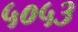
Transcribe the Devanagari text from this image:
५०५३